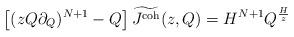
LaTeX: \begin{align*} \left[(zQ \partial_Q)^{N+1} - Q\right] \widetilde{J^\textnormal{coh}}(z,Q) = H^{N+1} Q^\frac{H}{z} \end{align*}